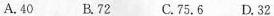
A.40 B.72 C.75.6 D.32